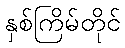
နှစ်ကြိမ်တိုင်